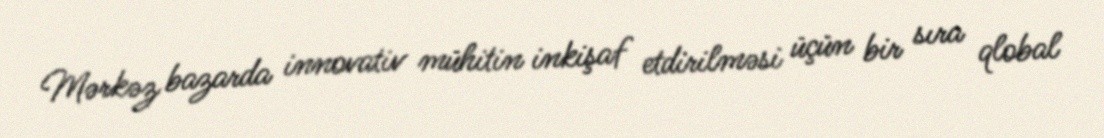
Mərkəz bazarda innovativ mühitin inkişaf etdirilməsi üçün bir sıra qlobal